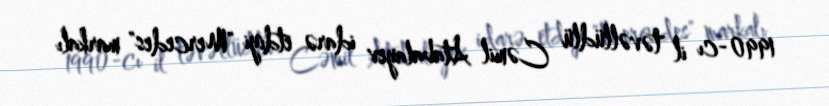
1990-cı il təvəllüdlü Cəmil Atabalayev idarə etdiyi "Mercedes" markalı